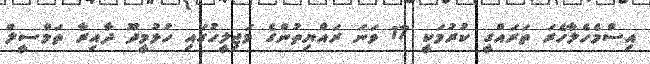
އިސްމެހެލާހެރަ ތަރައްގީ ކުރުމަކީ 17 ވަނަ ރައްޔިތުންގެ މަޖިލީހުގައި ހުޅުމީދޫ ދާއިރާ ތަމްސީލް